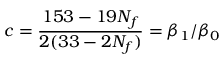
c = \frac { 1 5 3 - 1 9 N _ { f } } { 2 ( 3 3 - 2 N _ { f } ) } = \beta _ { 1 } / \beta _ { 0 }